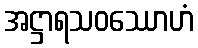
အဋ္ဌာရသဝဿောဟံ